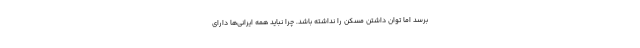
برسد اما توان داشتن مسکن را نداشته باشد. چرا نباید همه ایرانی‌ها دارای